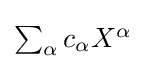
\textstyle \sum _{\alpha }c_{\alpha }X^{\alpha }